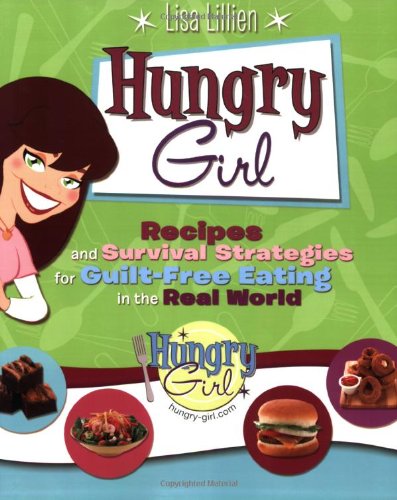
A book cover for Hungry Girl: Recipes and Survival Strategies for Guilt-Free Eating in the Real World; Lisa Lillien; Health, Fitness & Dieting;